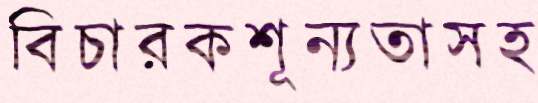
বিচারকশূন্যতাসহ